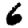
Digit: 6